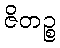
ဇိတဉ္စ